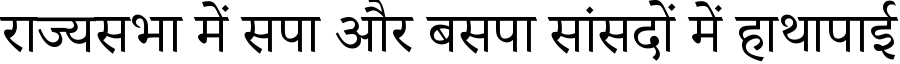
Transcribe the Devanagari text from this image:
राज्यसभा में सपा और बसपा सांसदों में हाथापाई